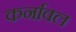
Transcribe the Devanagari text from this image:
कर्नावल